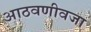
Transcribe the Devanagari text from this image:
आठवणीवजा